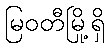
မြဝတီမြို့ရှိ